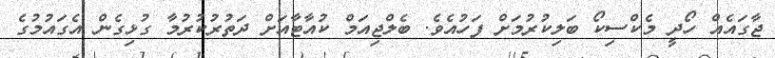
ޖާގައެއް ހޯދީ މެކްސިކޯ ބަލިކުރުމަށް ފަހުއެވެ. ބެލްޖިއަމް ކުއާޓާއަށް ދަތުރުކުރުމާ ގުޅިގެން އެގައުމުގެ